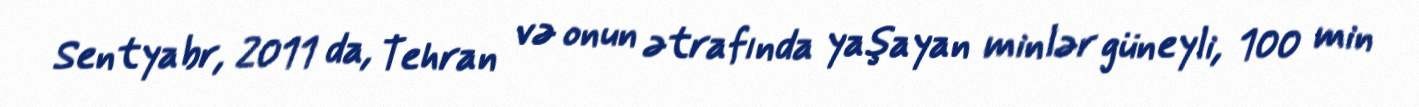
Sentyabr, 2011 da, Tehran və onun ətrafında yaşayan minlər güneyli, 100 min